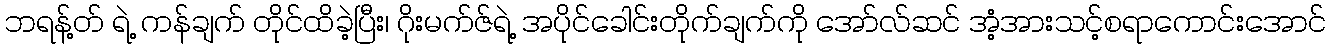
ဘရန့်တ် ရဲ့ ကန်ချက် တိုင်ထိခဲ့ပြီး၊ ဂိုးမက်ဇ်ရဲ့ အပိုင်ခေါင်းတိုက်ချက်ကို အော်လ်ဆင် အံ့အားသင့်စရာကောင်းအောင်